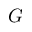
G